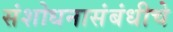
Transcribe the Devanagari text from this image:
संशोधनासंबंधीचे